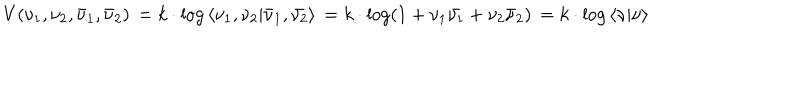
LaTeX: V ( \nu _ { 1 } , \nu _ { 2 } , { \bar { \nu } _ { 1 } } , { \bar { \nu } _ { 2 } } ) \nonumber \, = k \cdot \log { \langle { \nu _ { 1 } } , { \nu _ { 2 } } \vert { \bar { \nu } _ { 1 } } , { \bar { \nu _ { 2 } } } \rangle } \nonumber \, = k \cdot \log ( 1 + { \nu _ { 1 } } { \bar { \nu _ { 1 } } } + { \nu _ { 2 } } { \bar { \nu } _ { 2 } } ) \nonumber \, = k \cdot \log { \langle \nu \vert \nu \rangle }